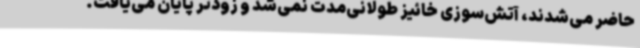
حاضر می‌شدند، آتش‌سوزی خائیز طولانی‌مدت نمی‌شد و زودتر پایان می‌یافت.